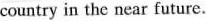
country in the near future.